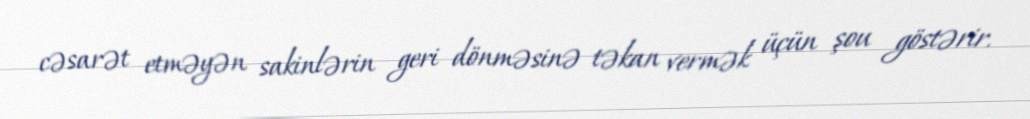
cəsarət etməyən sakinlərin geri dönməsinə təkan vermək üçün şou göstərir.